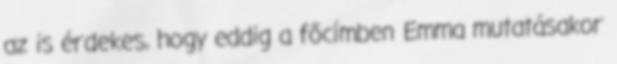
az is érdekes, hogy eddig a főcímben Emma mutatásakor